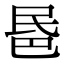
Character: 𣱈